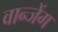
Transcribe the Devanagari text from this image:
वान्जेंग